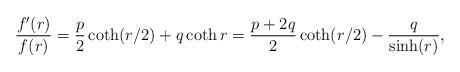
LaTeX: \begin{align*} \frac{f'(r)}{f(r)} = \frac{p}{2} \coth(r/2) + q \coth r = \frac{p+2q}{2}\coth(r/2) - \frac{q}{\sinh(r)}, \end{align*}